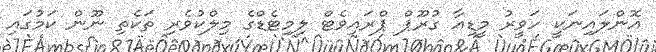
އޮންލައިނަކީ ހަވީރު މީޑިއާ ގުރޫޕް ޕްރައިވެޓް ލިމިޓެޑްގެ މިލްކުވެރި ތަކެތި ނޫން ކަމުގައި